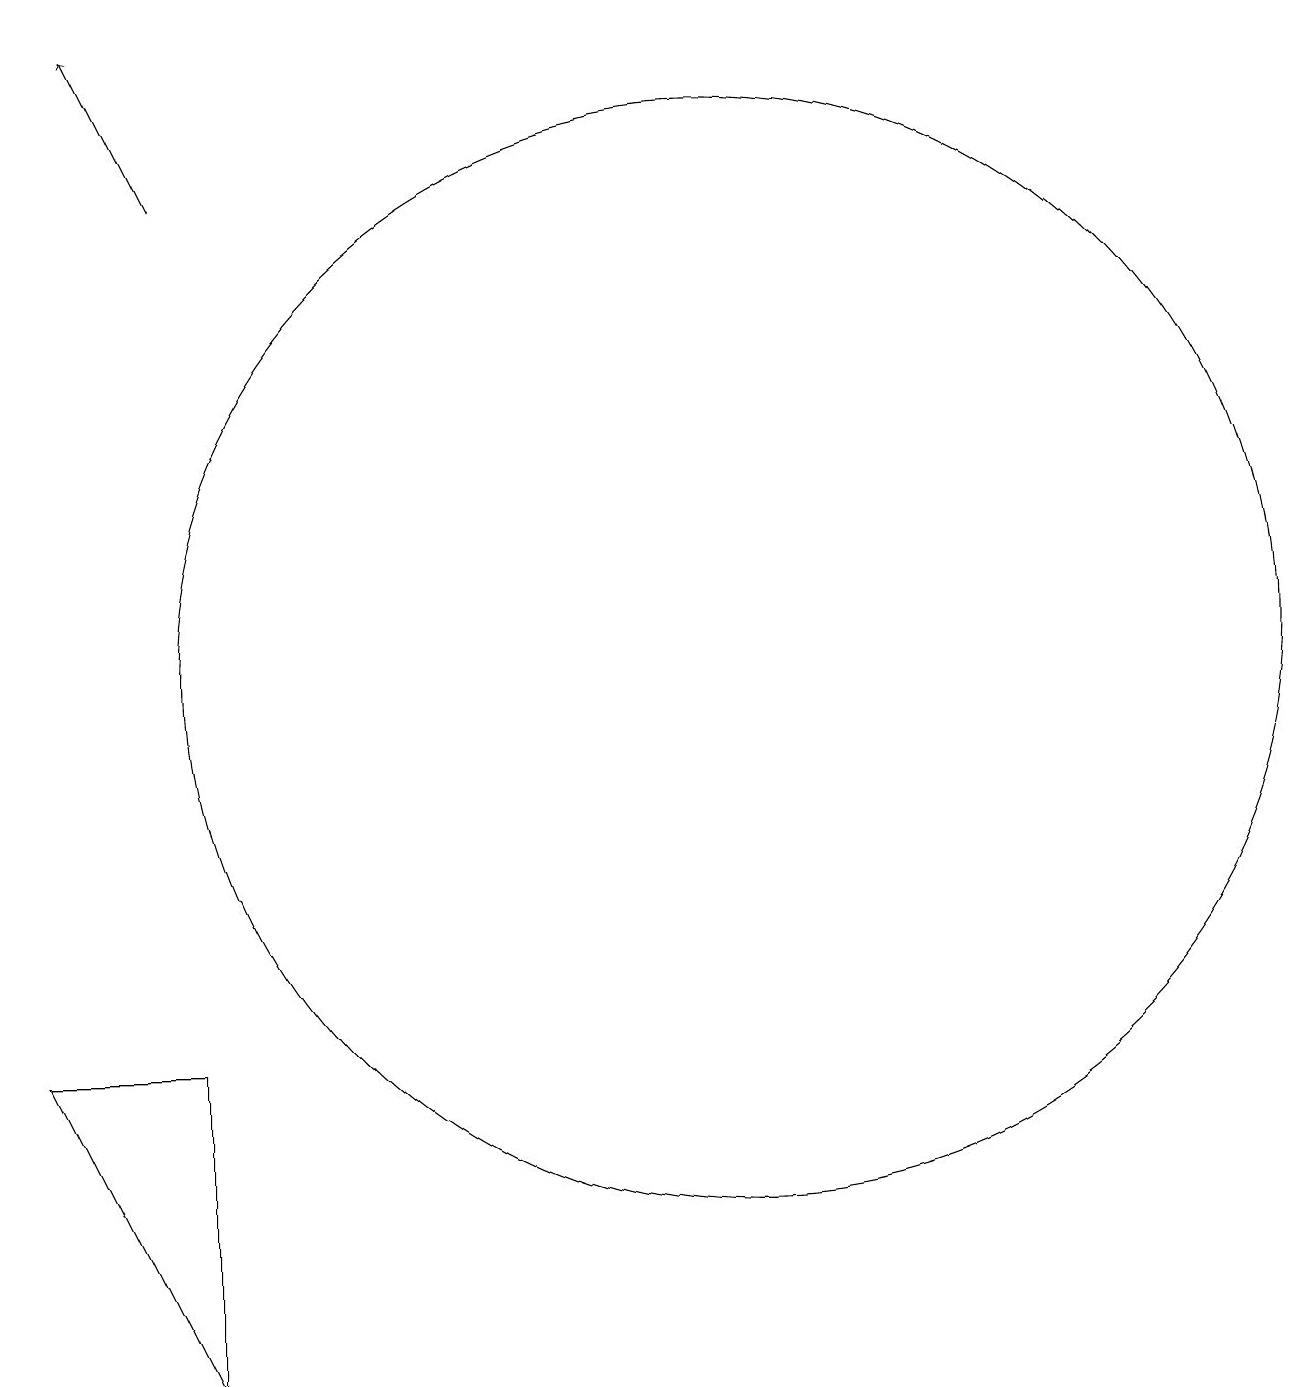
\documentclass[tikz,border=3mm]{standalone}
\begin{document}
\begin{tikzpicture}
\draw (10,11) circle (7);
\draw (3,2) -- (3,6) -- (1,6) -- cycle;
\draw[->] (3,17) -- (2,19);
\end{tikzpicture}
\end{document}